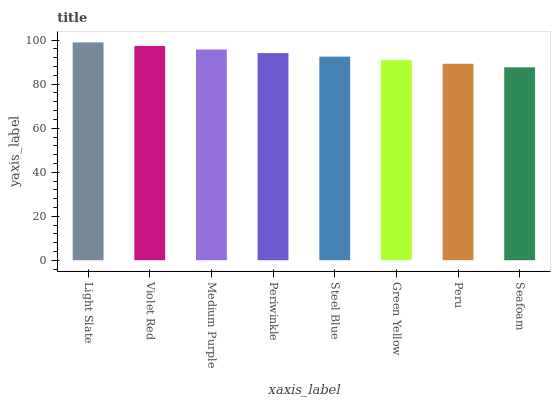
| xaxis_label | bars |
 | --- | --- |
 | Light Slate | 99 |
 | Violet Red | 97.4 |
 | Medium Purple | 95.8 |
 | Periwinkle | 94.1 |
 | Steel Blue | 92.5 |
 | Green Yellow | 90.9 |
 | Peru | 89.3 |
 | Seafoam | 87.7 |